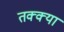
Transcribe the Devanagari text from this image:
तक्क्या